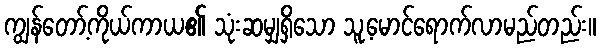
ကျွန်တော့်ကိုယ်ကာယ၏ သုံးဆမျှရှိသော သူ့မောင်ရောက်လာမည်တည်း။